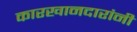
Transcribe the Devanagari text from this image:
कारखानदारांनी